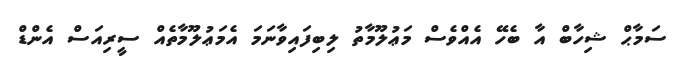
ސަމާޙް ޝިހާބް އާ ބެހޭ އެއްވެސް މަޢުލޫމާތު ލިބިފައިވާނަމަ އެމަޢުލޫމާތެއް ސީރިއަސް އެންޑް